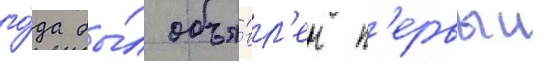
го́да бы́л объя́вл'ен п'ервыи